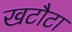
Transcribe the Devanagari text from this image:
खटौटा